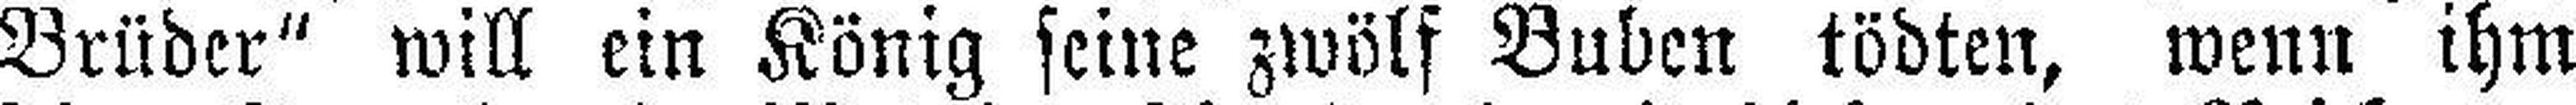
Brüder“ will ein König seine zwölf Buben tödten, wenn ihm